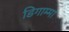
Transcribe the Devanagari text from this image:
डिगाम्मा